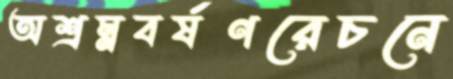
অশ্রম্নবর্ষণরেচনে